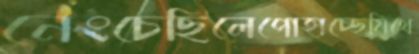
নেংচেছিলেপোহাচ্ছেমিথে